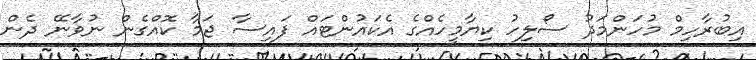
އިބުރާހިމް މުހަންމަދު ސޯލިހު ކިޔާމީހެއްގެ އެކައުންޓައް ފައިސާ ޖަމާ ކޮއްގެން ނުވާނޭ ދެން